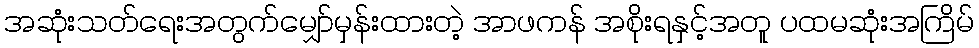
အဆုံးသတ်ရေးအတွက်မျှော်မှန်းထားတဲ့ အာဖကန် အစိုးရနှင့်အတူ ပထမဆုံးအကြိမ်